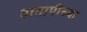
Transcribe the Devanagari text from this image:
वातापीच्या